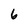
Character: 6